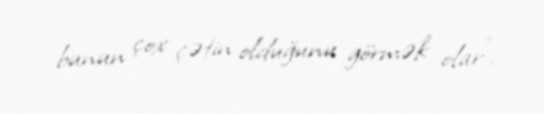
bunun çox çətin olduğunu görmək olar”.